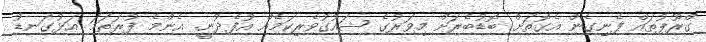
ގްރޫޕުތައް ފެނިގެން އެގޮތަށް ބޮޑުބެރަށް މިވަރުގެ ޝައުގުވެރިކަމެއް އުފެދުނީ. އެންމެ ފުރަތަމަ އަޅުގަނޑު